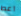
اعط